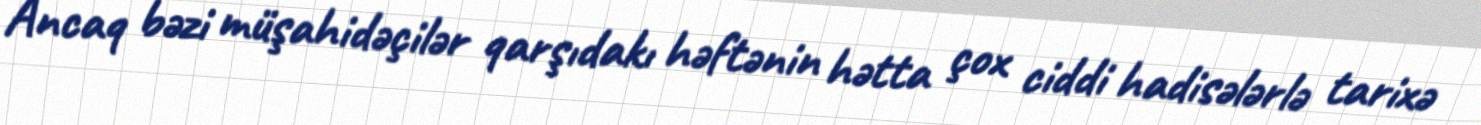
Ancaq bəzi müşahidəçilər qarşıdakı həftənin hətta çox ciddi hadisələrlə tarixə